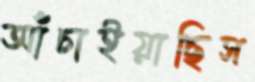
আঁচাইয়াছিস